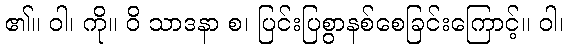
၏။ ဝါ၊ ကို။ ဝိ သာဒနာ စ၊ ပြင်းပြစွာနစ်စေခြင်းကြောင့်။ ဝါ၊